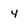
Character: 4